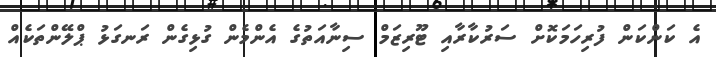
އެ ކަންކަން ފުރިހަމަކޮށް ސަރުކާރާއި ޓޫރިޒަމް ސިނާއަތުގެ އެންމެން ގުޅިގެން ރަނގަޅު ޕްލޭންތަކެއް